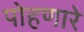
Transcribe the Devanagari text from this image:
पोहणारे